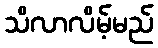
သိလာလိမ့်မည်